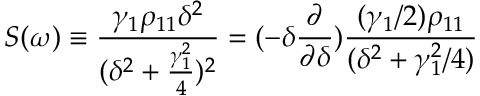
S ( \omega ) \equiv \frac { \gamma _ { 1 } \rho _ { 1 1 } \delta ^ { 2 } } { ( \delta ^ { 2 } + \frac { \gamma _ { 1 } ^ { 2 } } { 4 } ) ^ { 2 } } = ( - \delta \frac { \partial } { \partial \delta } ) \frac { ( \gamma _ { 1 } / 2 ) \rho _ { 1 1 } } { ( \delta ^ { 2 } + \gamma _ { 1 } ^ { 2 } / 4 ) }